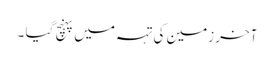
آخر زمین کی تہہ میں پہنچ گیا ۔